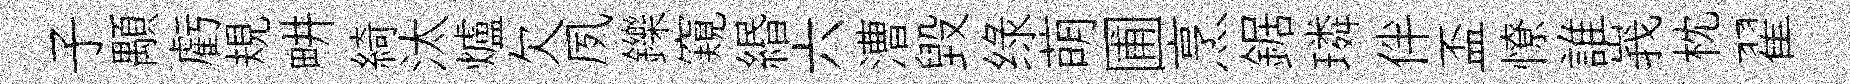
子顒虧規畊綺汰爐欠夙鑠窺緡六漕毁绿萌圃烹鋸璘伴盃憭誰峩枕翟